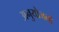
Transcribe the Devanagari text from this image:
अनुयोजनों